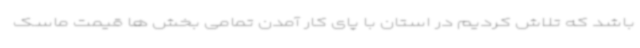
باشد که تلاش کردیم در استان با پای کار آمدن تمامی بخش ها قیمت ماسک